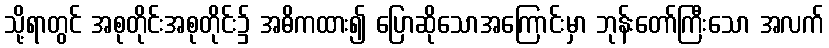
သို့ရာတွင် အစုတိုင်းအစုတိုင်း၌ အဓိကထား၍ ပြောဆိုသောအကြောင်းမှာ ဘုန်းတော်ကြီးသော အလက်